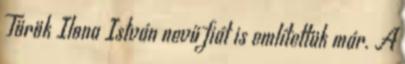
Török Ilona István nevű fiát is említettük már. A